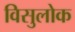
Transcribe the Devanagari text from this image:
विसुलोक